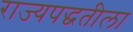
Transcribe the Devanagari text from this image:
राज्यपद्धतीला